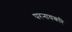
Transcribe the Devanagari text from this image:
परनायकरि